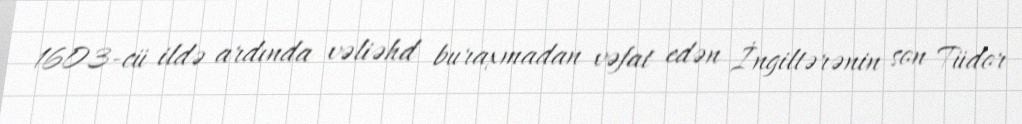
1603-cü ildə ardında vəliəhd buraxmadan vəfat edən İngiltərənin son Tüdor